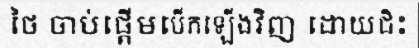
ថៃ ចាប់ផ្តើមបើកឡើងវិញ ដោយជិះ